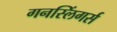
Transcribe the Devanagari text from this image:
गनस्लिंगर्स